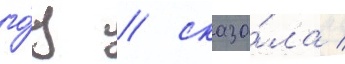
го́д / сказа́ла /